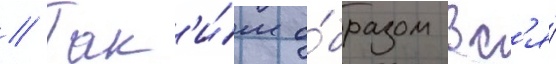
// Так'и́м о́бразом вс'я́